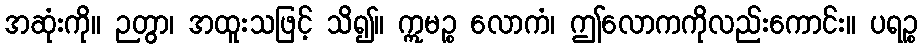
အဆုံးကို။ ဉတွာ၊ အထူးသဖြင့် သိ၍။ ဣမဉ္စ လောကံ၊ ဤလောကကိုလည်းကောင်း။ ပရဉ္စ